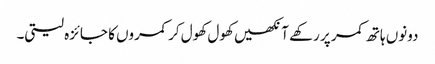
دونوں ہاتھ کمر پر رکھے آنکھیں کھول کھول کر کمروں کا جائزہ لیتی۔